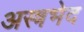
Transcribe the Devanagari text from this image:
अस्त्रभेद